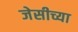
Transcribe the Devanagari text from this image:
जेसीच्या